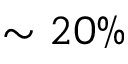
\sim 2 0 \%